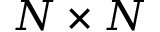
N \times N